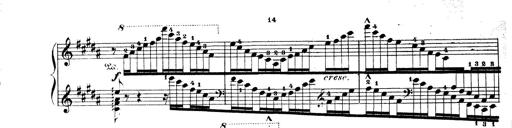
Title: Wagner-Liszt Album
Composer: Franz Liszt